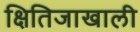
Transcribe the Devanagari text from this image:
क्षितिजाखाली